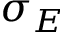
\sigma _ { E }